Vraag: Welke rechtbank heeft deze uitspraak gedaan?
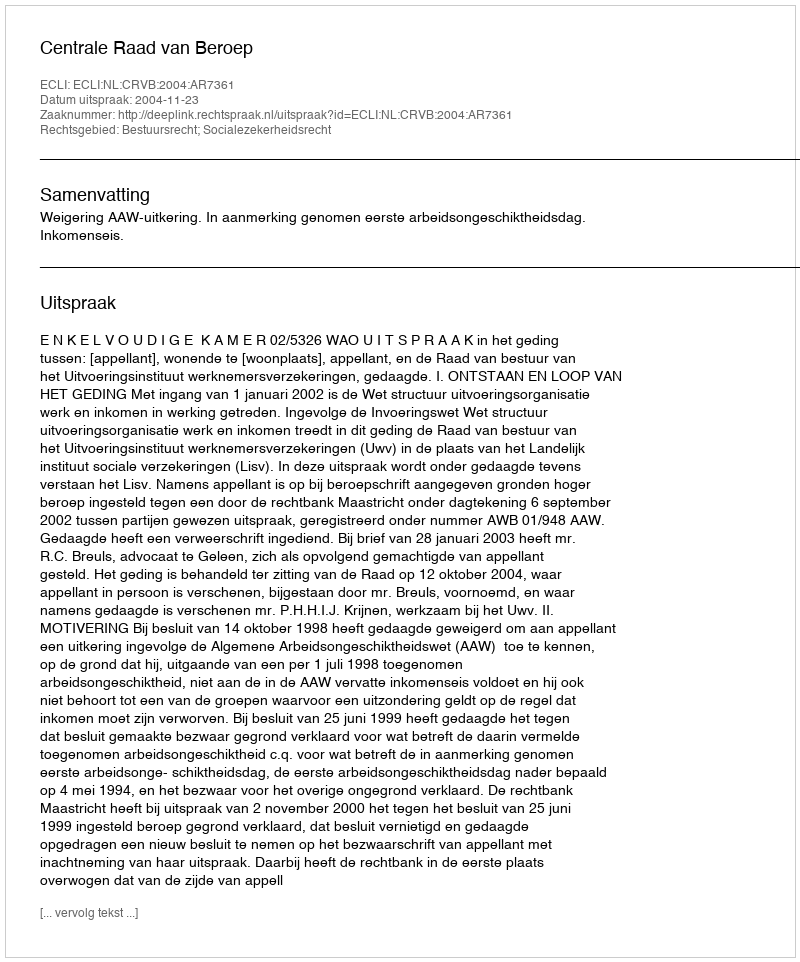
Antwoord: Centrale Raad van Beroep